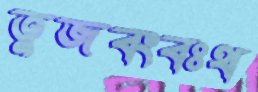
তুজবংবঃথ